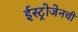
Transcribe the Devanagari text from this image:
ईस्ट्रोजेनची